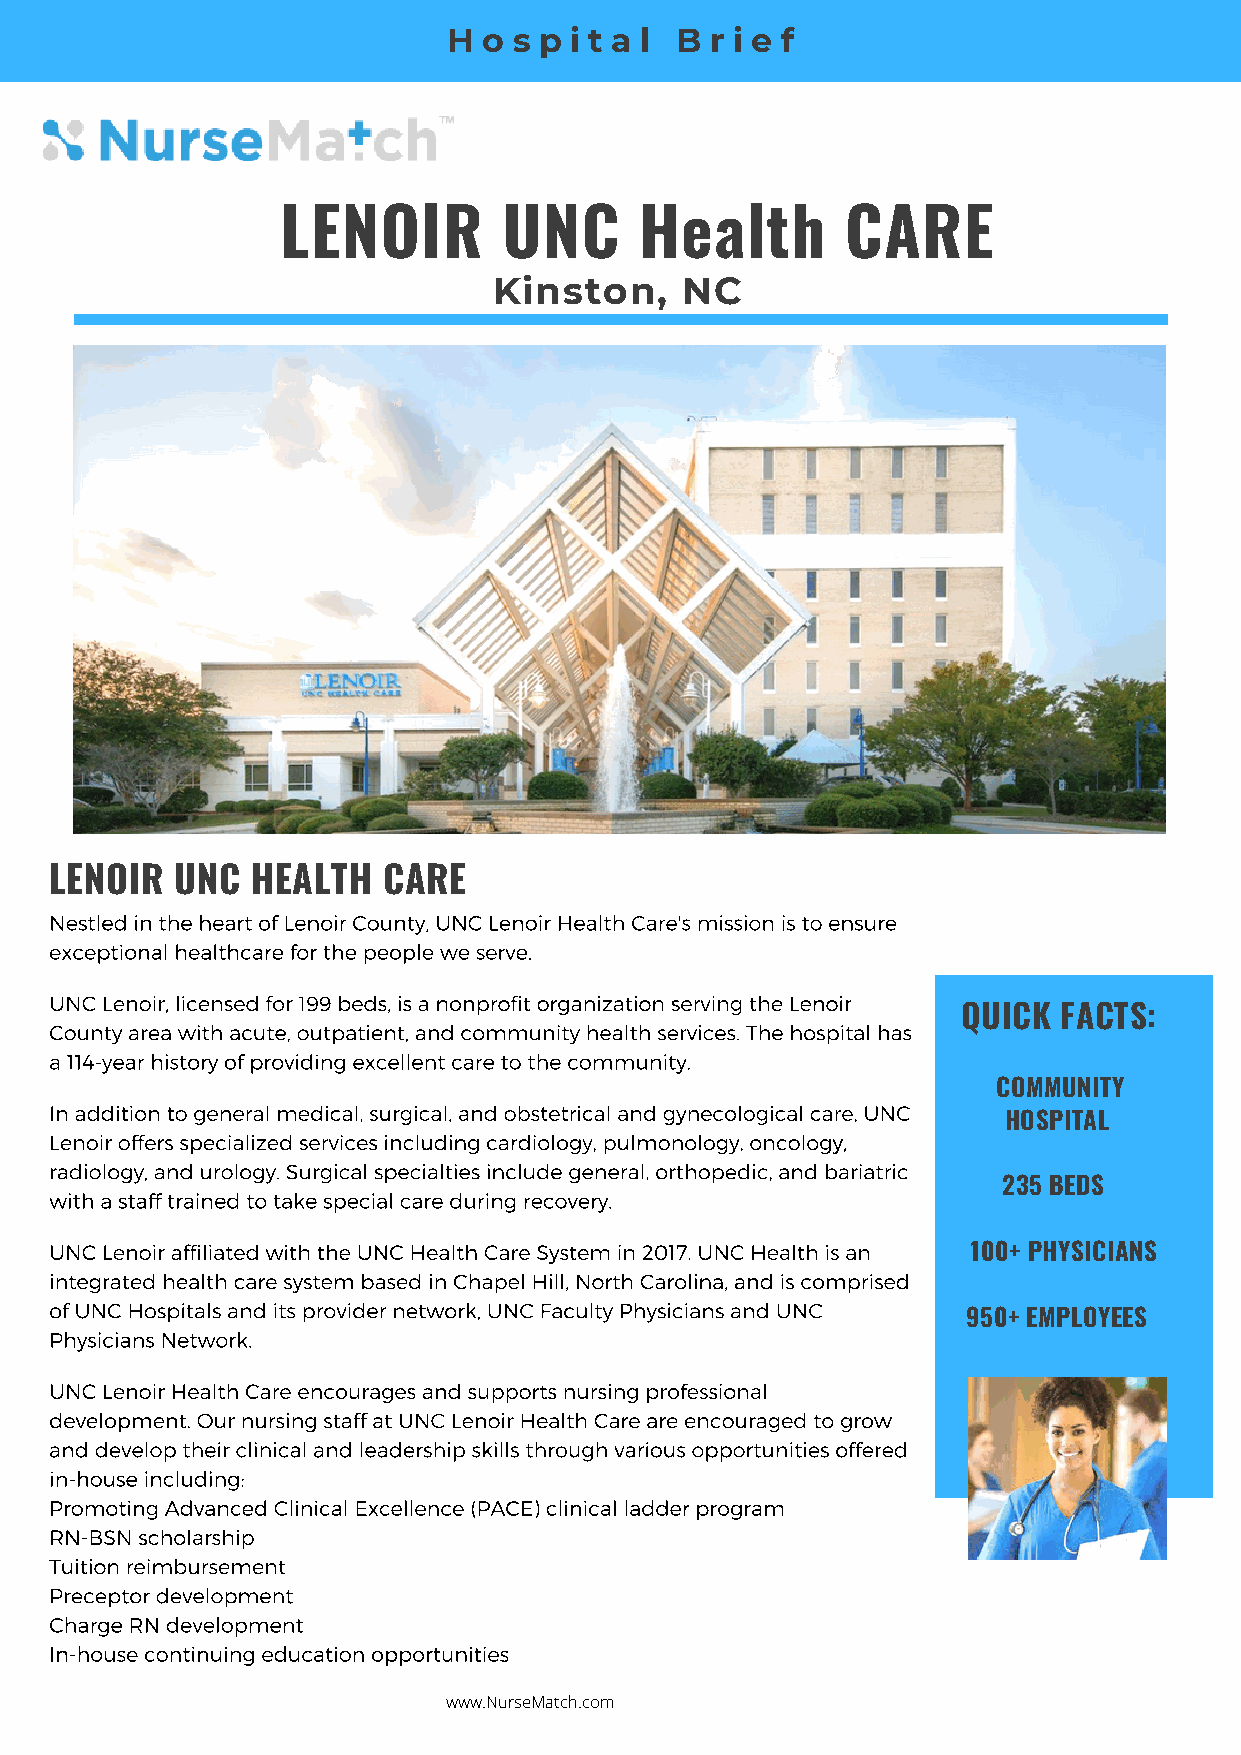
H o s p i t a l B r i e f
 LENOIR        UNC      Health        CARE
 Kinston,    NC
 LENOIR   UNC  HEALTH  CARE
 Nestled in the heart of Lenoir County, UNC Lenoir Health Care's mission is to ensure
 exceptional healthcare for the people we serve.
 UNC Lenoir, licensed for 199 beds, is a nonprofit organization serving the Lenoir
 QUICK FACTS:
 County area with acute, outpatient, and community health services. The hospital has
 a 114-year history of providing excellent care to the community.
 COMMUNITY
 In addition to general medical, surgical, and obstetrical and gynecological care, UNC
 HOSPITAL
 Lenoir offers specialized services including cardiology, pulmonology, oncology,
 radiology, and urology. Surgical specialties include general, orthopedic, and bariatric
 235 BEDS
 with a staff trained to take special care during recovery.
 UNC Lenoir affiliated with the UNC Health Care System in 2017. UNC Health is an 100+ PHYSICIANS
 integrated health care system based in Chapel Hill, North Carolina, and is comprised
 of UNC Hospitals and its provider network, UNC Faculty Physicians and UNC
 950+ EMPLOYEES
 Physicians Network.
 UNC Lenoir Health Care encourages and supports nursing professional
 development. Our nursing staff at UNC Lenoir Health Care are encouraged to grow
 and develop their clinical and leadership skills through various opportunities offered
 in-house including:
 Promoting Advanced Clinical Excellence (PACE) clinical ladder program
 RN-BSN scholarship
 Tuition reimbursement
 Preceptor development
 Charge RN development
 In-house continuing education opportunities
 www.NurseMatch.com